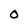
Character: O